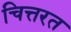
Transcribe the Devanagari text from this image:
चित्तरत